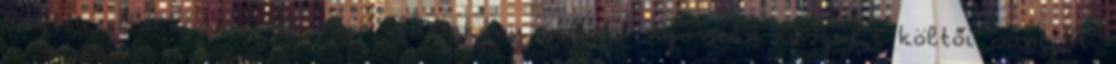
Eszter gitárkísérettel adja elő,Örkény István nyomán készül,t költői songját.